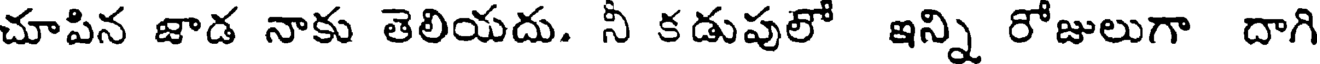
చూపిన జాడ నాకు తెలియదు. నీ కడుపులో ఇన్ని రోజులుగా దాగి